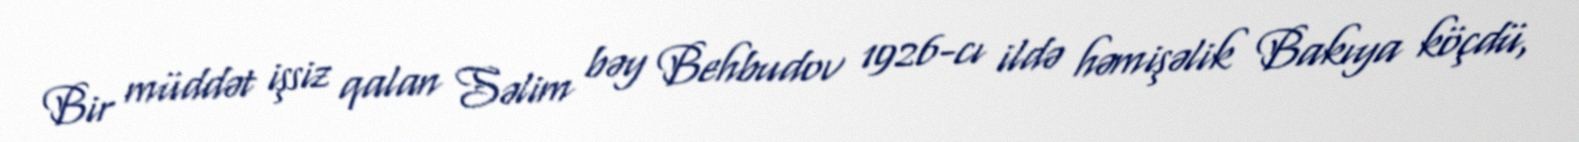
Bir müddət işsiz qalan Səlim bəy Behbudov 1926-cı ildə həmişəlik Bakıya köçdü,